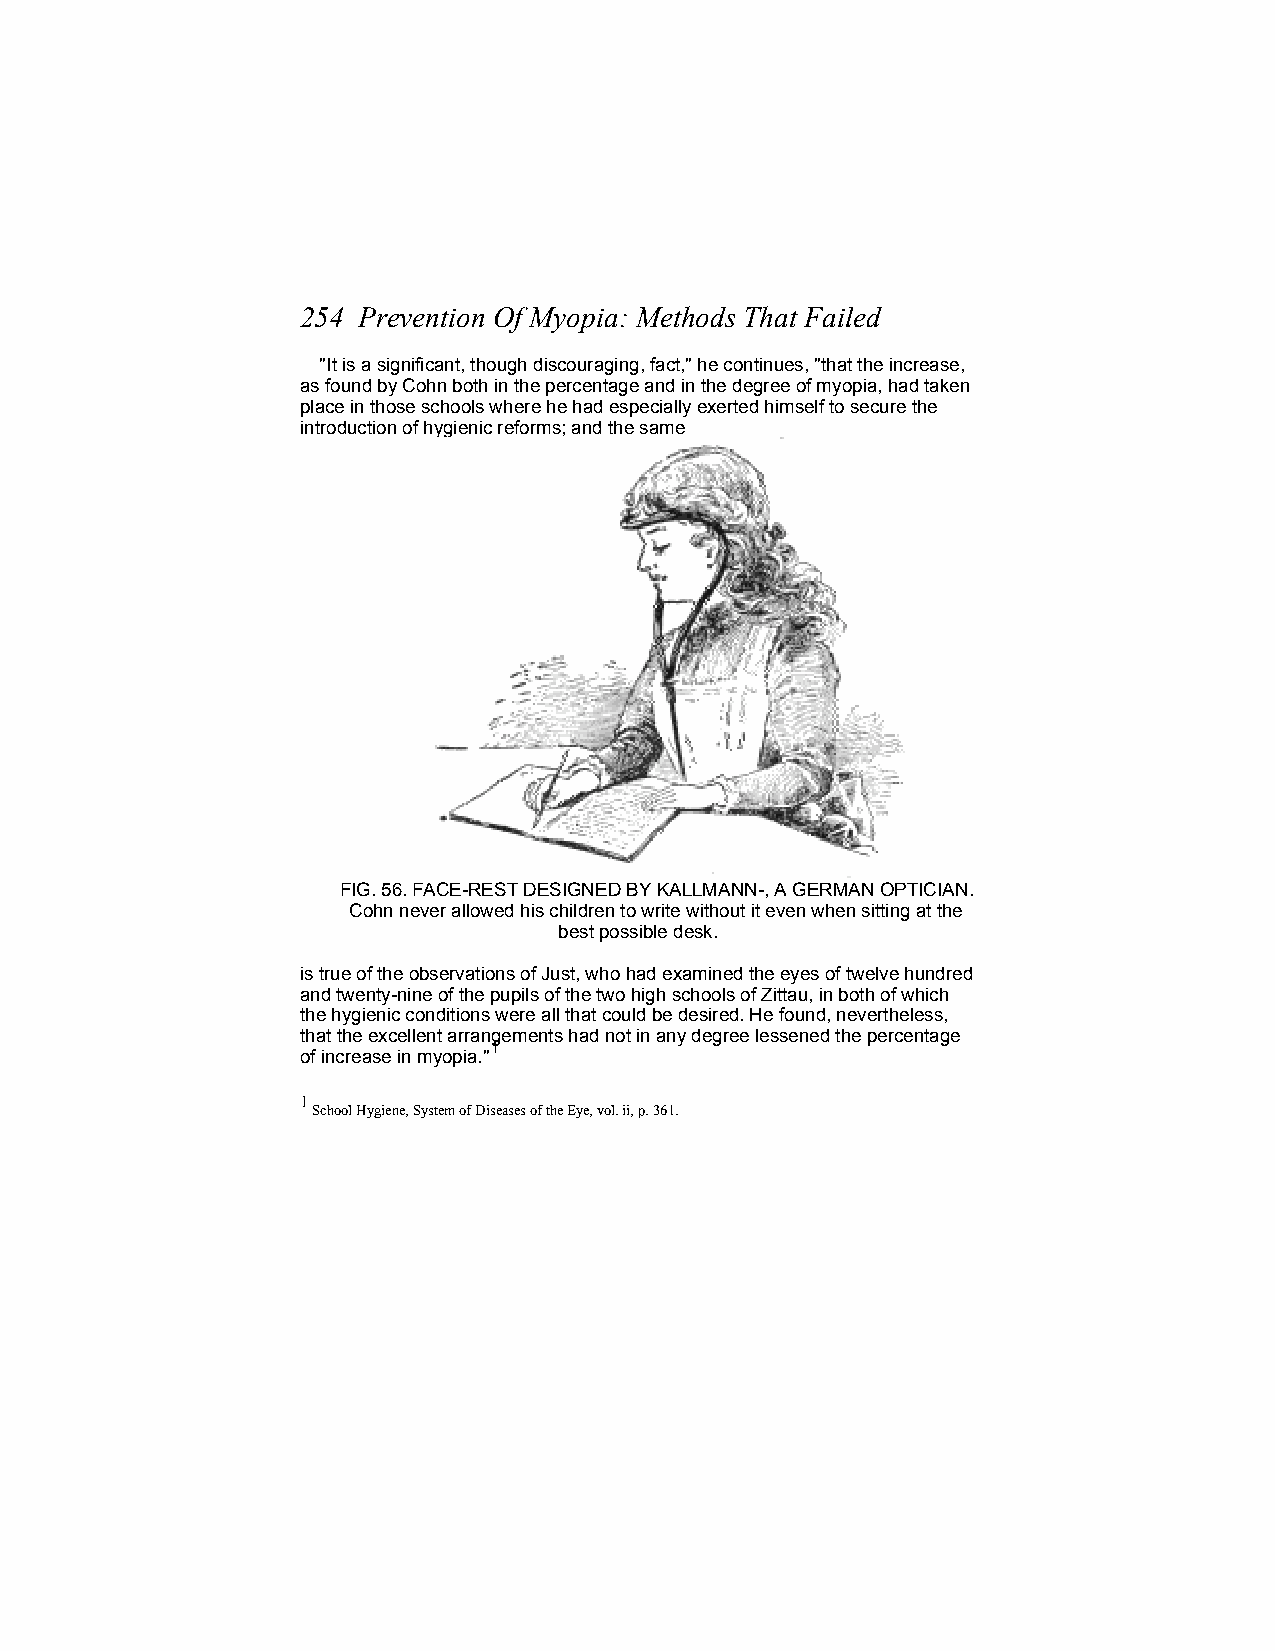
254 Prevention Of Myopia: Methods That Failed
 "It is a significant, though discouraging, fact," he continues, "that the increase,
 as found by Cohn both in the percentage and in the degree of myopia, had taken
 place in those schools where he had especially exerted himself to secure the
 introduction of hygienic reforms; and the same
 FIG. 56. FACE-REST DESIGNED BY KALLMANN-, A GERMAN OPTICIAN.
 Cohn never allowed his children to write without it even when sitting at the
 best possible desk.
 is true of the observations of Just, who had examined the eyes of twelve hundred
 and twenty-nine of the pupils of the two high schools of Zittau, in both of which
 the hygienic conditions were all that could be desired. He found, nevertheless,
 that the excellent arrangements had not in any degree lessened the percentage
 1
 of increase in myopia."
 1
 School Hygiene, System of Diseases of the Eye, vol. ii, p. 361.